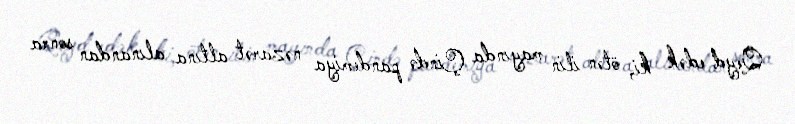
Qeyd edək ki, ötən ilin mayında Çində pandemiya nəzarət altına alınandan sonra